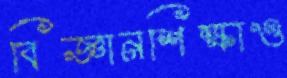
বিজ্ঞানশিক্ষাও